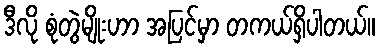
ဒီလို စုံတွဲမျိုးဟာ အပြင်မှာ တကယ်ရှိပါတယ်။